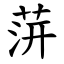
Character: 䓑